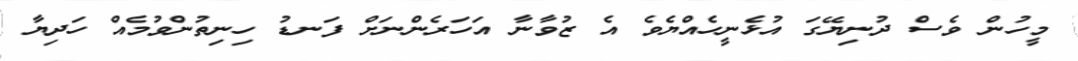
މީހުން ވެސް ދުނިޔޭގަ އުޅެނީހެއްޔެވެ އެ ޒުވާނާ އަހަރެންނަށް ފަނޑު ހިނިތުންވުމެއް ހަދިޔާ